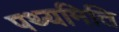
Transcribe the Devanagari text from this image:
पथ्यमिति